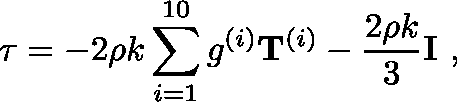
{ \mathbf { \tau } } = - 2 \rho k \sum _ { i = 1 } ^ { 1 0 } { { g ^ { ( i ) } } } { { \mathbf { T } } ^ { ( i ) } } - \frac { { 2 \rho k } } { 3 } { \mathbf { I } } \mathrm { ~ , ~ }